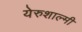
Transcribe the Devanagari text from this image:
येरुशाल्मी